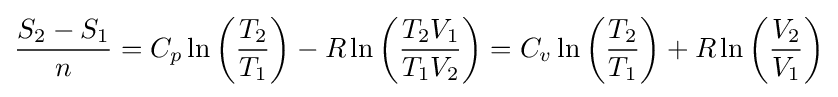
{\frac {S_{2}-S_{1}}{n}}=C_{p}\ln \left({\frac {T_{2}}{T_{1}}}\right)-R\ln \left({\frac {T_{2}V_{1}}{T_{1}V_{2}}}\right)=C_{v}\ln \left({\frac {T_{2}}{T_{1}}}\right)+R\ln \left({\frac {V_{2}}{V_{1}}}\right)